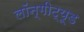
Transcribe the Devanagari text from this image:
लॉन्गीट्यूड